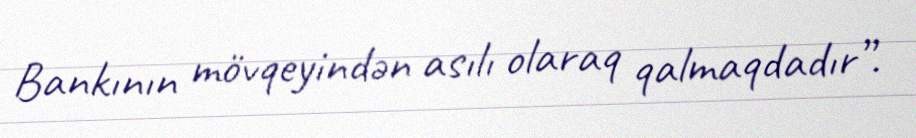
Bankının mövqeyindən asılı olaraq qalmaqdadır”.